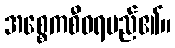
အစ္စေကစီဝရမည်၏။